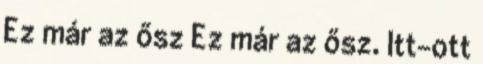
Ez már az ősz Ez már az ősz. Itt-ott